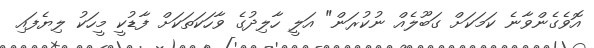
އޮވެގެންވާނެ ކަމަކަށް ގަބޫލެއް ނުކުރަން" އަލީ ހާލިދުގެ ވާހަކަތަކަށް ފާޑުކީ މީހަކު ލިޔެފައި